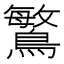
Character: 𪄴